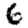
Digit: 6